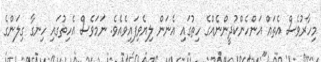
މިހާރުވެސް އެތައް އަންހެންކުދީންނެއްގެ ހިތުގައި އެނަން ލިޔެވިފައިވެއެވެ. ނަމަވެސް އެހިތުގައި ހިނގާ ގިލަންގެ